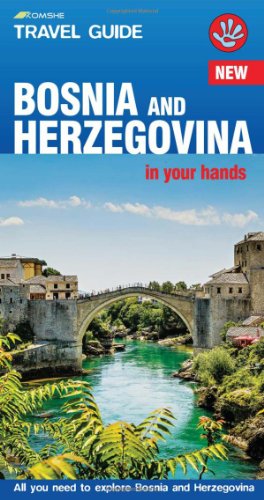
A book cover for Bosnia and Herzegovina in Your Hands: All You Need to Explore Bosnia and Herzegovina ('In Your Hands' Travel Guide); Jorg Heeskens; Travel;